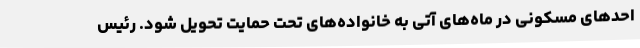
احدهای مسکونی در ماه‌های آتی به خانواده‌های تحت حمایت تحویل شود. رئیس